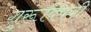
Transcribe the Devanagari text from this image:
गुरूंविषयी